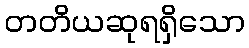
တတိယဆုရရှိသော